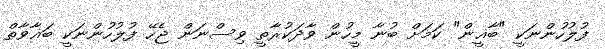
ފުލުހުންނަކީ "ބާޣީން" ކަމަށް ބުނާ މީހުން ވާދަކުރާތީ ވިސްނަން ޖެހޭ ފުލުހުންނަކީ ބަޣާވާތް